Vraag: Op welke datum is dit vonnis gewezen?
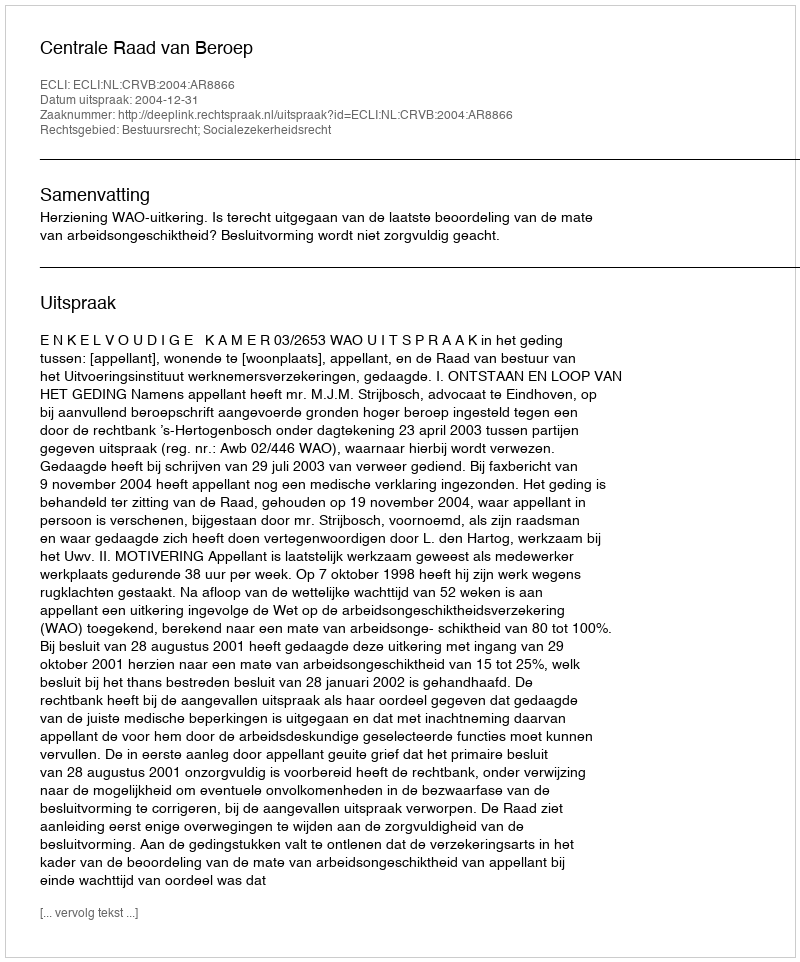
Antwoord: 2004-12-31